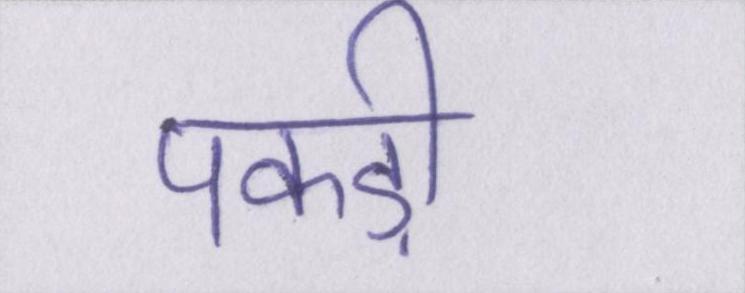
पकड़ी